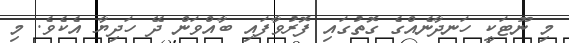
މި ނޫޓަކީ ހަނދާނެއްގެ ގޮތުގައި ފޮރުވާފައި ބާއްވަން ދޭ ހަދިޔާ އެކެވެ. މި